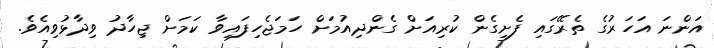
އަންނަ އަހަރުގެ ތެރޭގައި ފެށިގެން ކުރިއަށް ގެންދިއުމަށް ހަމަޖެހިފައިވާ ކަމަށް ޖިހާދު ވިދާޅުވިއެވެ.